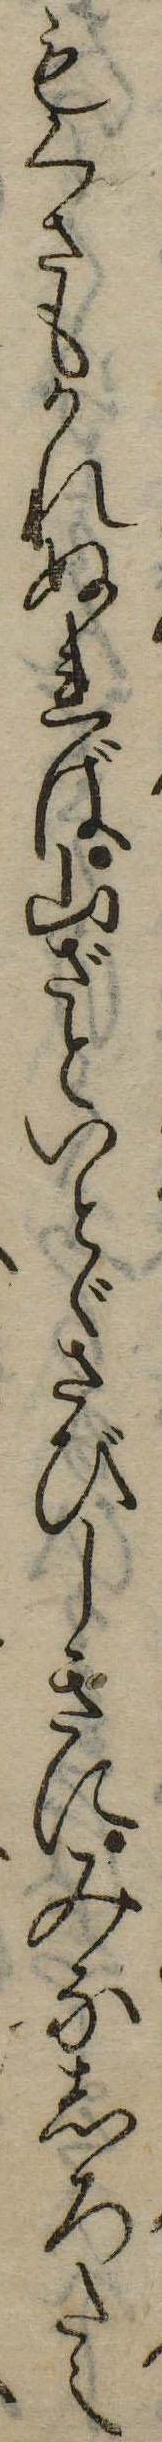
もくさもかれぬれば山ざといとゞさびしきにみなしろたえ